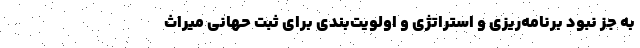
به جز نبود برنامه‌ریزی و استراتژی و اولویت‌بندی برای ثبت حهانی میراث